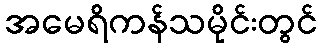
အမေရိကန်သမိုင်းတွင်